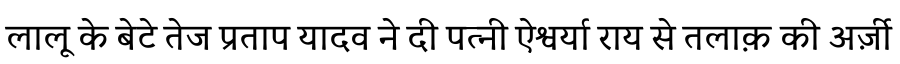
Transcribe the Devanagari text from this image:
लालू के बेटे तेज प्रताप यादव ने दी पत्नी ऐश्वर्या राय से तलाक़ की अर्ज़ी